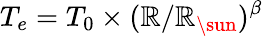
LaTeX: T_{e}=T_{0}\times(\mathbb{R}/{\mathbb{R}_{\sun}})^{\beta}